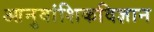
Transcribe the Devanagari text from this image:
आनुवांशिकविज्ञान